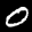
Label: 0